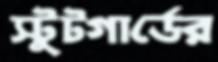
স্টুটগার্ডের